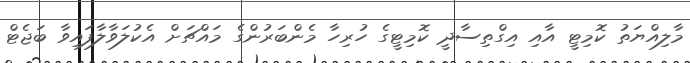
މާލިއްޔަތު ކޮމިޓީ އާއި އިގްތިސާދީ ކޮމިޓީގެ ހުރިހާ މެންބަރުންގެ މައްޗަށް އެކުލަވާލާފައިވާ ބަޖެޓް